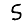
Digit: 5